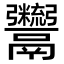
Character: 𩱯